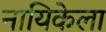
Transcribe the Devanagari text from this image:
नायिकेला